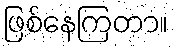
ဖြစ်နေကြတာ။